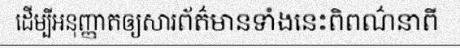
ដើម្បីអនុញ្ញាតឲ្យសារព័ត៌មានទាំងនេះពិពណ៌នាពី